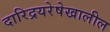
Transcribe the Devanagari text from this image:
दारिद्रयरेषेखालील